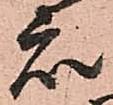
衆